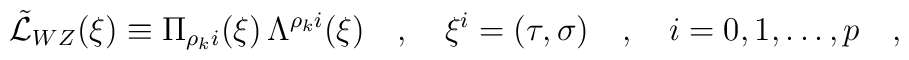
\tilde{\cal L}_{WZ} (\xi) \equiv \Pi_{\rho_k i} (\xi) \, \Lambda^{\rho_k i} (\xi)\quad ,\quad \xi^i=(\tau,{\bf \sigma})\quad,\quad i=0,1,\dots ,p\quad ,\quad